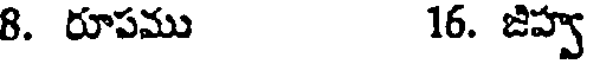
8. రూపము 16. జిహ్వ